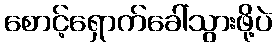
စောင့်ရှောက်ခေါ်သွားဖို့ပဲ